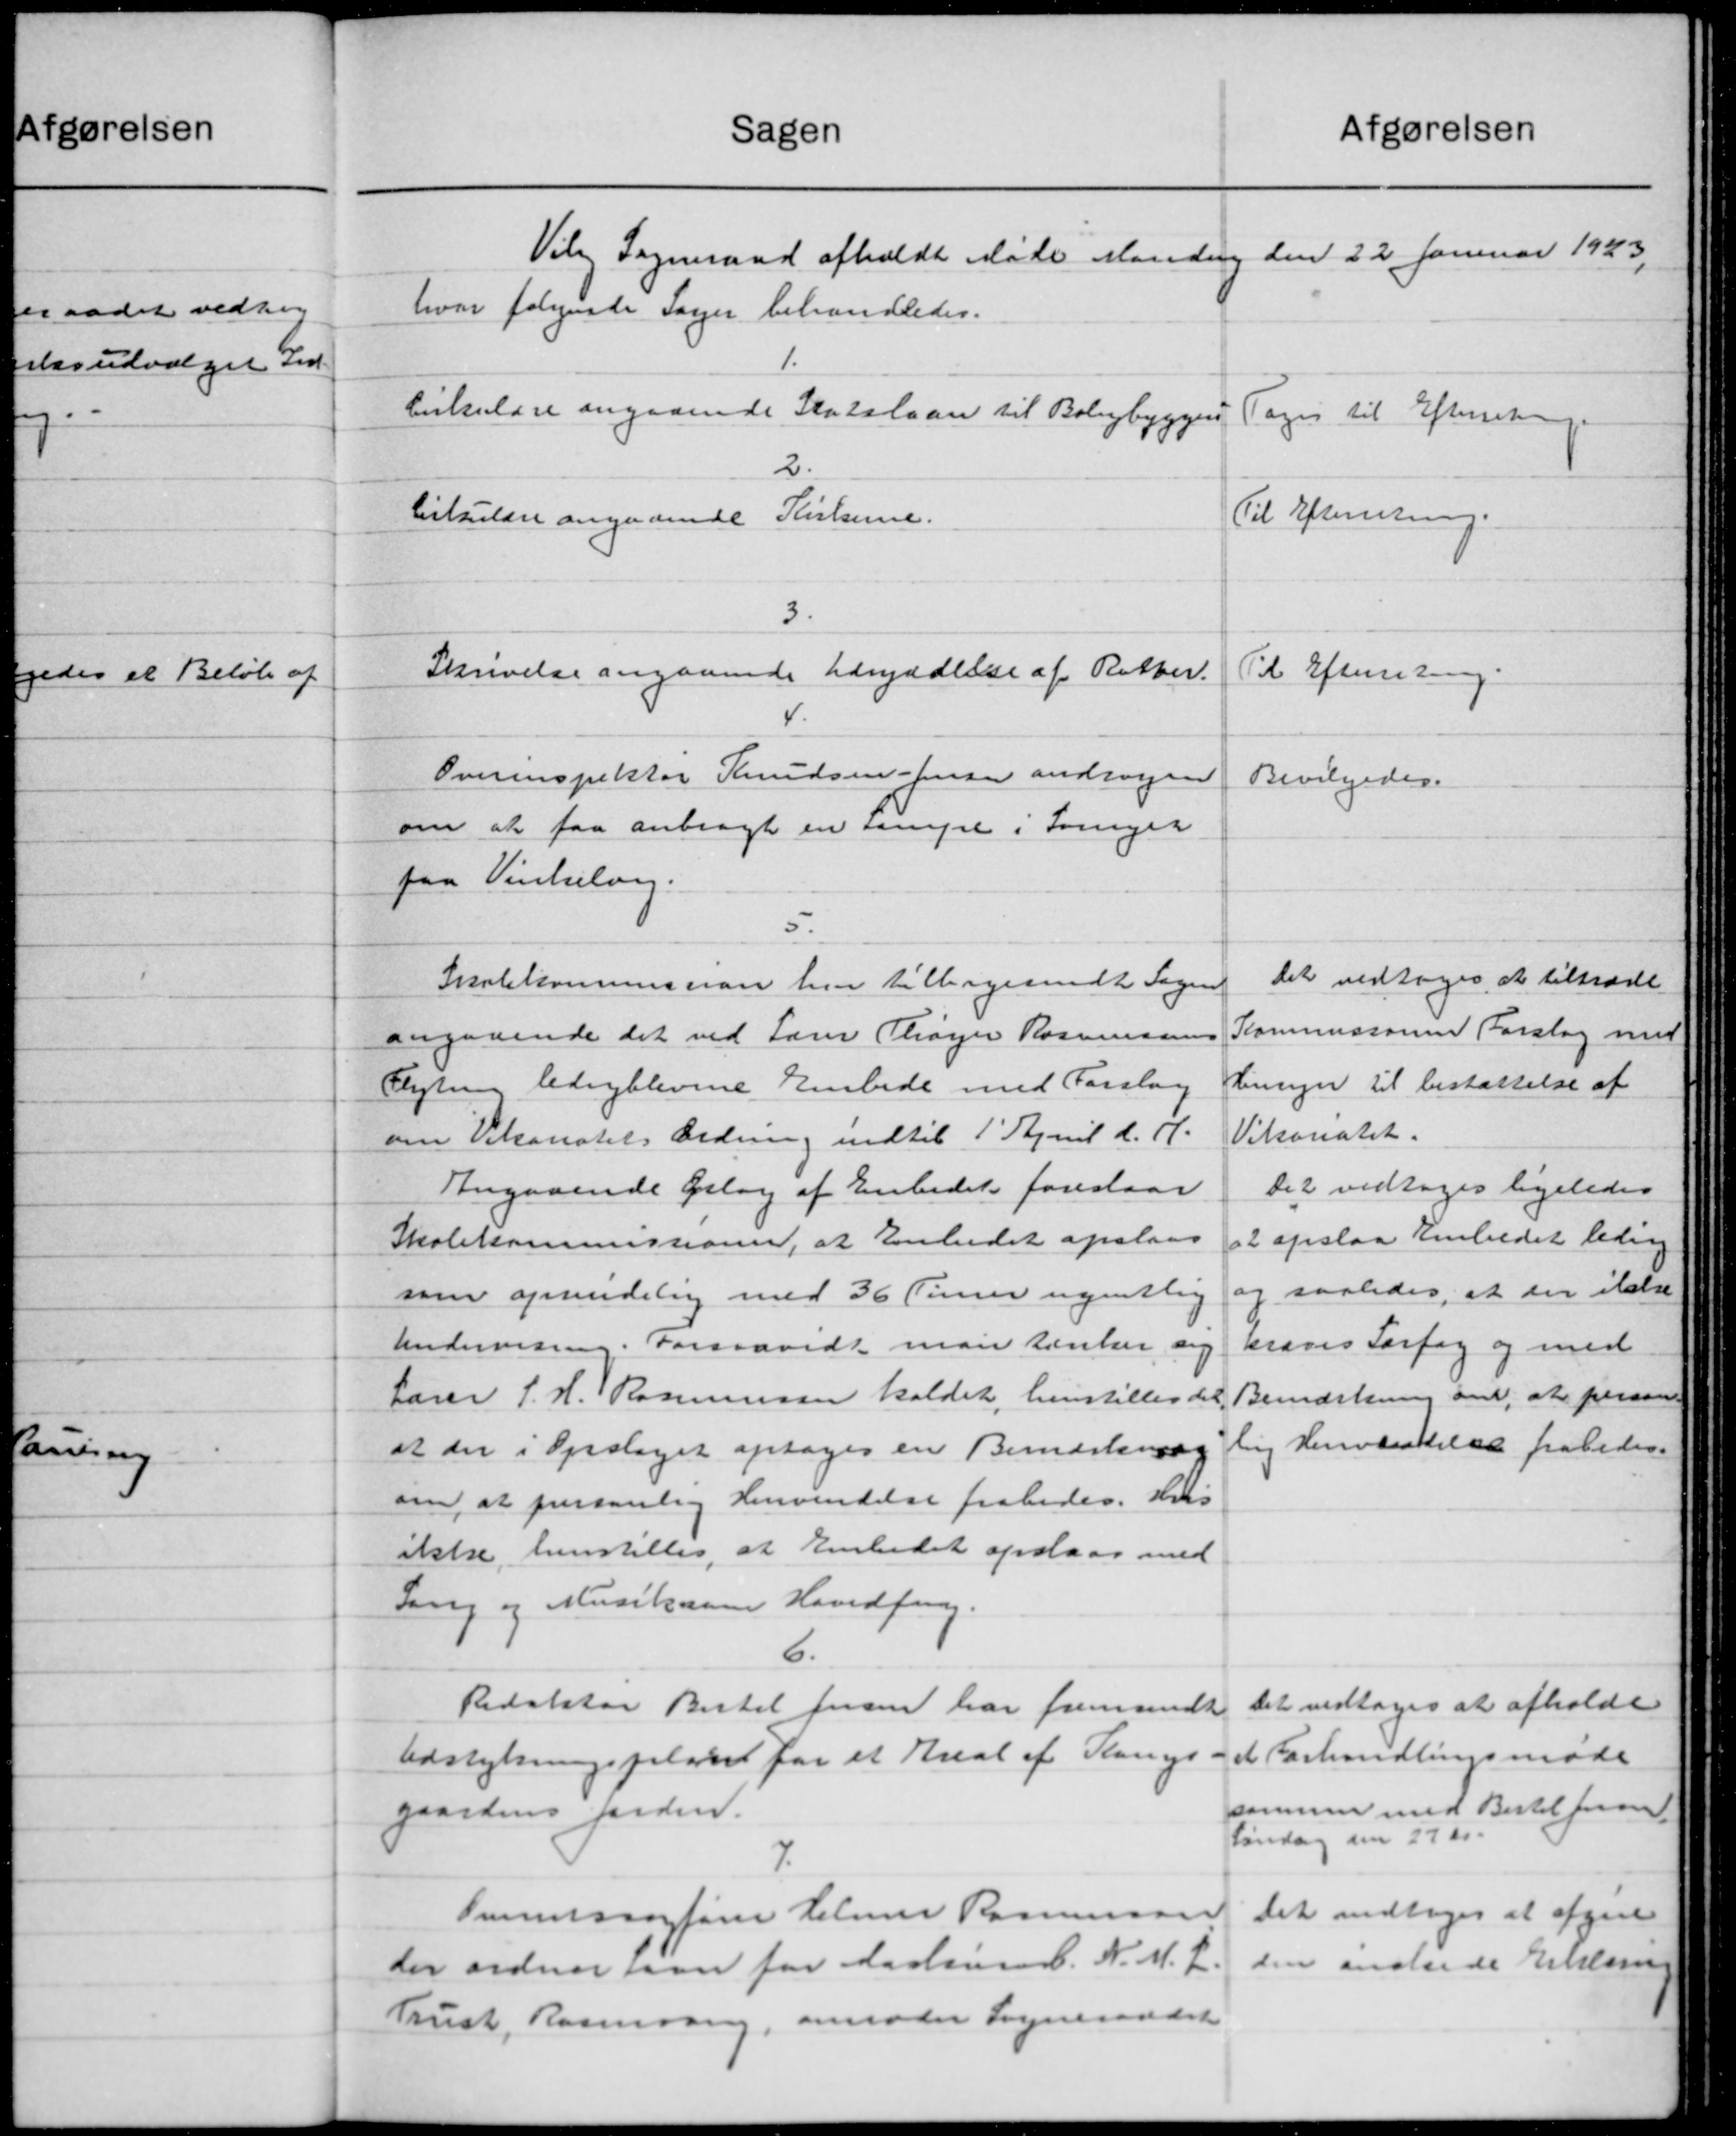
Transskription:
afgørelsen
Sagen
Viby Sogneraad afholdt Møde Mandag den 22 Januar 1943.
hvor følgende Sager behandledes.
1.
Cirkulære angaaende Statslaan til Boligbyggen
Toges til Efterretning.
2.
Til Efterretning
Cirkulære angaaende Kirkerne.
3.
Skrivelse angaaende Udryddelse af Retter.
Til Efterretning.
4.
Overinspektør Knudsen Jensen andragen
Bevilgedes.
om at faa anbragt en sampe i Svinger
paa Vinkelov.
5.
Det vedtoges at tiltræde
Skolekommission har tilbagesendt Sagen
Kommissionen Forslag med
angaaende det ved Lærer Thøger Rasmussen
Hensyn til bestættelse af
Plygten ledigblevene Embede med Forslag
Viksoratet.
om Vekoratets Ordning indtil 1' April d. A.
Det vedtoges ligeledes
Angaaende oslag af Embedet foreslaar
at opslaa Embedet ledning
Skolekommissioner, at Embedet opslaas
og saaledes, at der ikke
som oprendelig med 36 Timer ugentlig
Undervisning. Forsaavidt man Renter og
kraves Forfag og med
Bemærkning om, at person
Lærer J. H. Rasmussen kaldet, henstilles det
li Henvistelse frabedes.
at der i Opslaget optages en Bemærkning
om, at personlig Henvendelse frabedes. Hvis
ikke henstilles, at Embedet opslaas med
Sang og Musikaren Hovedfor.
6.
Det vedtoges at afholde
Redaktør Bertil fersen har fremsendt
et Forhandlingsmøde
Udstykningsplads for et Areal af Gangs
sammen med Bertil foren
gaardens Jorden.
Løndag den 27 Kr.
7.
Det vedtoges at afgive
Trmssagfører Helmer Rasmussen
den andre de tillem
der ordner saa for Aarhus C. N. M. C.
Trust, Rasmusen, anmoder Sogneraadet